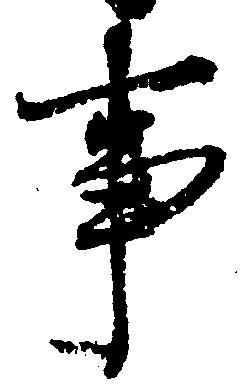
事